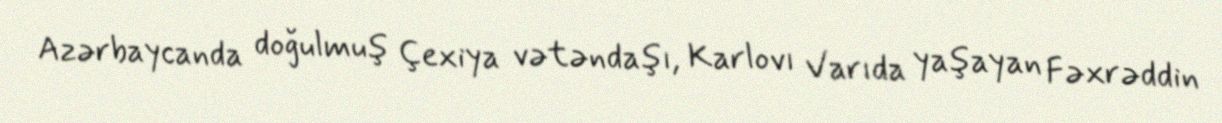
Azərbaycanda doğulmuş Çexiya vətəndaşı, Karlovı Varıda yaşayan Fəxrəddin